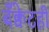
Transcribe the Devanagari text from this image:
बँक्वेटही